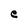
Character: e